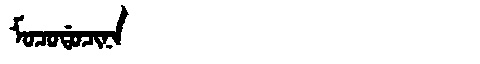
Manchu: ᠮᠣᠴᠣᡩᠣᠴᡳᠨᠠ
Romanization: MOCODOCINA